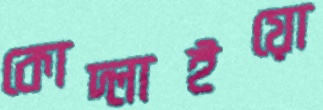
কোদ্‌লাইয়ো